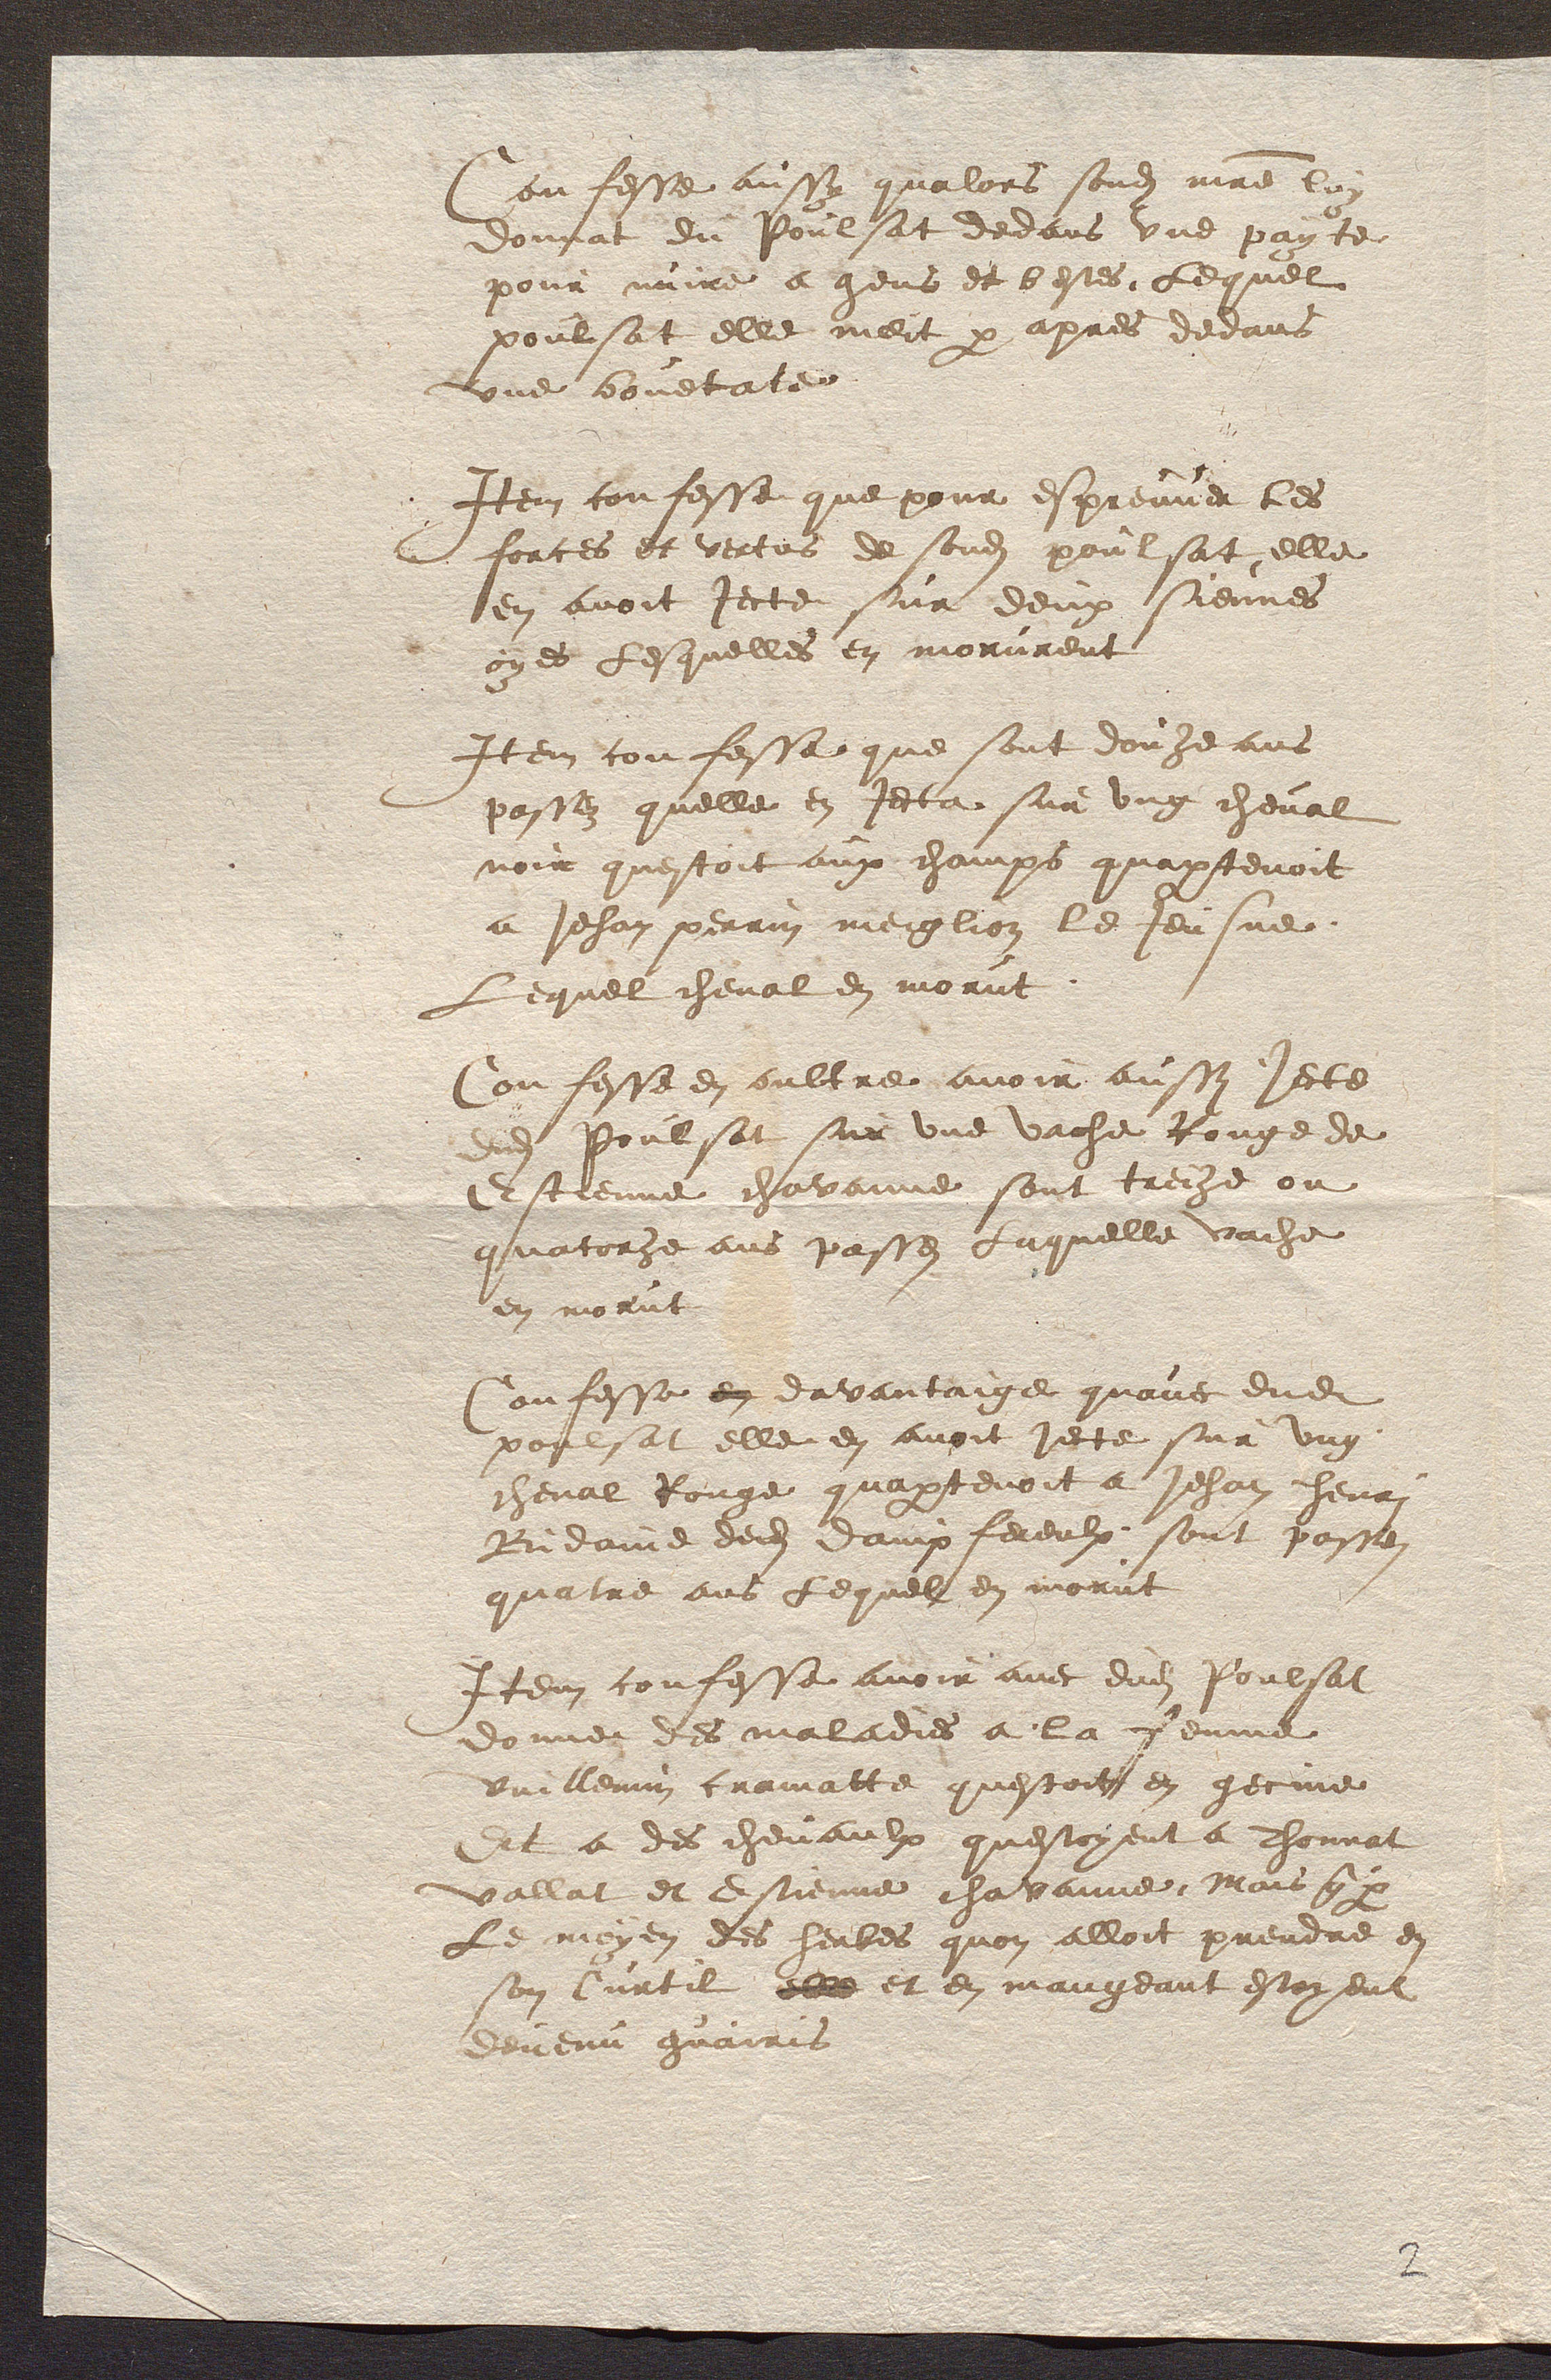
Confesse aussy qualors sondit maitre loi
donnat du Poulsat dedans une payte
pour nuire a gens et bestes lequel
poulsat elle meit par apres devans
une bouetate
Item confesse que pour espreuver les
forces et vertus de sondit poulsat elle
en avoit jecte sur deux siennes
oyes lesquelles en morurent
Item confesse que sont douze ans
passez quelle en jecta sur ung cheval
noir questoit aux champs quapartenoit
a Jehan perrin meiglion le Jeusue
Lequel cheval en morut
Confesse en oultre avoir aussi jecte
adi Poulsat sur une vache Rouge de
Estienne chavanne sont trecze ou
quatorze ans passes Laquelle vache
en morut
Confesse en davantaige quavec dudit
poulsat elle en avoit jecte sur ung
cheval Rouge quapartenoit a Jehan henri
Bidaine dedit dampfereulx sont passez
quatre ans lequel en morut
Item confesse avoir avec dudit Poulsat
donner des maladies a la femme
Vuillemin cramatte questoit en gecine
Dit a des chevaulx questoyent a Thonnat
vallat et Estienne chavanne, Mais que par
le moyen des herbes quon alloit prendre en
son Curtil elle et en mangeant estoyent
devenu guairis